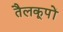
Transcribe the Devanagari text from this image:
तैलकूपों